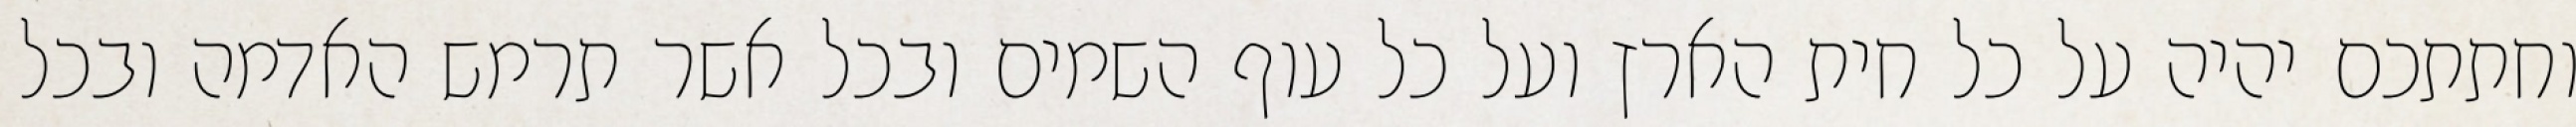
וחתתכם יהיה על כל חית הארץ ועל כל עוף השמים ובכל אשר תרמש האדמה ובכל